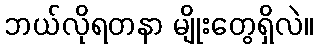
ဘယ်လိုရတနာ မျိုးတွေရှိလဲ။